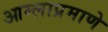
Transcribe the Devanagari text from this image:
आम्लाप्रमाणे